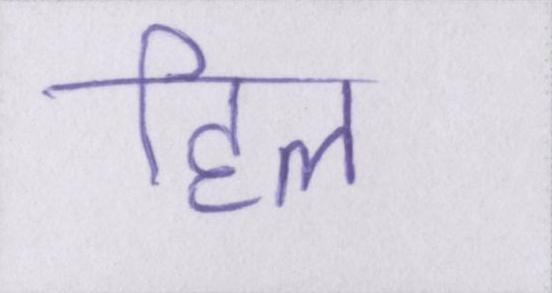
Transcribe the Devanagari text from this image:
हिल